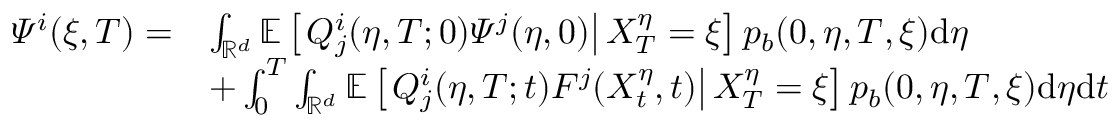
\begin{array} { r l } { \varPsi ^ { i } ( \xi , T ) = } & { \int _ { \mathbb { R } ^ { d } } \mathbb { E } \left[ \left. Q _ { j } ^ { i } ( \eta , T ; 0 ) \varPsi ^ { j } ( \eta , 0 ) \right| X _ { T } ^ { \eta } = \xi \right] p _ { b } ( 0 , \eta , T , \xi ) \mathrm { d } \eta } \\ & { + \int _ { 0 } ^ { T } \int _ { \mathbb { R } ^ { d } } \mathbb { E } \left[ \left. Q _ { j } ^ { i } ( \eta , T ; t ) F ^ { j } ( X _ { t } ^ { \eta } , t ) \right| X _ { T } ^ { \eta } = \xi \right] p _ { b } ( 0 , \eta , T , \xi ) \mathrm { d } \eta \mathrm { d } t } \end{array}